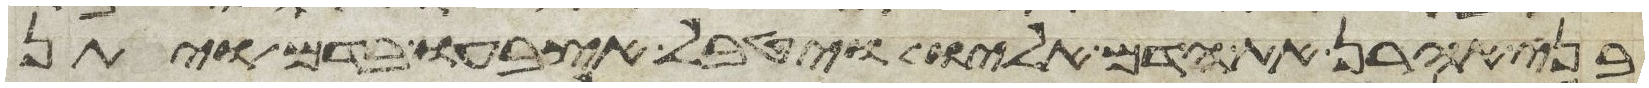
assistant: בני אהרן את הדם אליו ויטבל אצבעו בדם ויתן